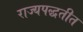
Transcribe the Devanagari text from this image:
राज्यपद्धतीत